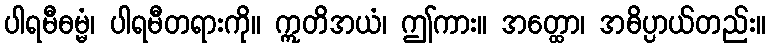
ပါရမီဓမ္မံ၊ ပါရမီတရားကို။ ဣတိအယံ၊ ဤကား။ အတ္ထော၊ အဓိပ္ပာယ်တည်း။